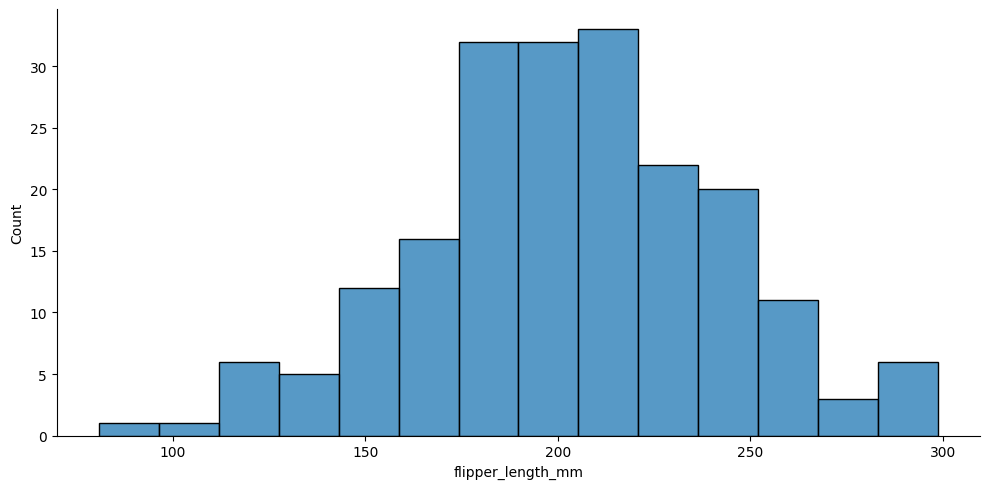
python, seaborn, displot, kind='hist', column='flipper_length_mm', hue='all', height=5, aspect=2.0